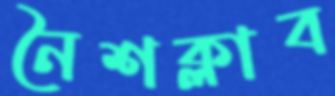
নৈশক্লাব